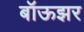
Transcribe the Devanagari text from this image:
बॉऊझर